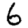
Digit: 6